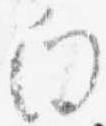
向